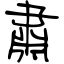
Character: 肅